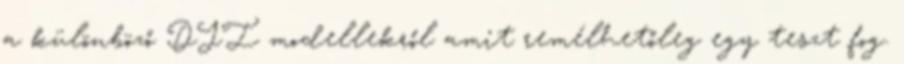
a különböző DJI modellekről amit remélhetőleg egy teszt fog.